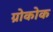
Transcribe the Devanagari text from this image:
ग्रोकोक